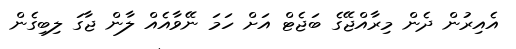
އެއިރުން ދެން މިރާއްޖޭގެ ބަޖެޓް އަށް ހަމަ ނޭވާއެއް ލާން ޖާގަ ލިބިގެން